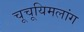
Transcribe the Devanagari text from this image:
चूचूयिमलांग